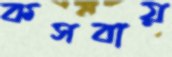
কসবায়